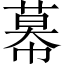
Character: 幕